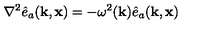
\nabla ^ { 2 } \hat { e } _ { a } ( { \bf k } , { \bf x } ) = - \omega ^ { 2 } ( { \bf k } ) \hat { e } _ { a } ( { \bf k } , { \bf x } )